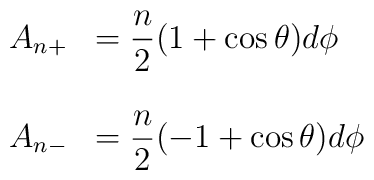
\begin{array}{cl} A_{n+}&={\displaystyle \frac{n}{2}}(1+\cos\theta)d\phi\\ \\ A_{n-}&={\displaystyle \frac{n}{2}}(-1+\cos\theta)d\phi \end{array}